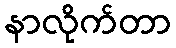
နာလိုက်တာ